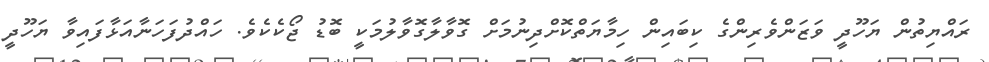
ރައްޔިތުން ޔަހޫދީ ވަޒަންވެރިންގެ ކިބައިން ހިމާޔަތްކޮށްދިނުމަށް ގޮވާލާގޮވާލުމަކީ ބޮޑު ޖޯކެކެވެ. ހައްދުފަހަނާއަޅާފައިވާ ޔަހޫދީ